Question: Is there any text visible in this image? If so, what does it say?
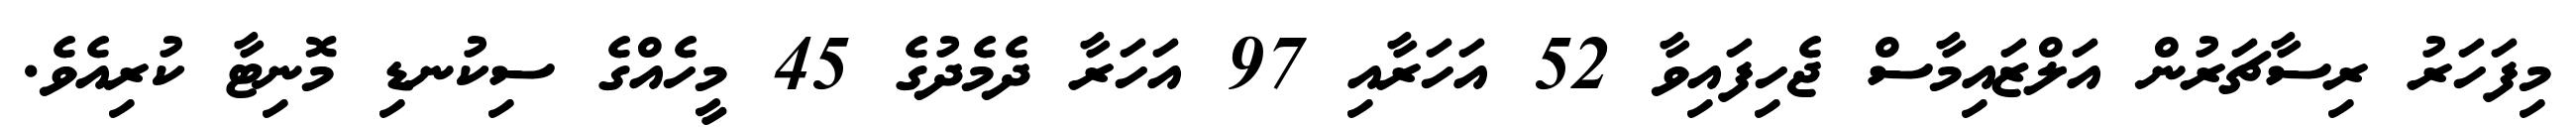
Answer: މިފަހަރު ރިސާޗަރުން އަލްޒައިމާސް ޖެހިފައިވާ 52 އަހަރާއި 97 އަހަރާ ދެމެދުގެ 45 މީހެއްގެ ސިކުނޑި މޮނިޓާ ކުރިއެވެ.